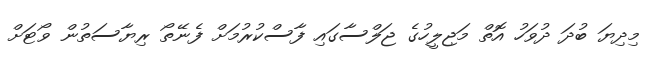
މިދިޔަ ބުދަ ދުވަހު އޮތް މަޖިލީހުގެ ޖަލްސާގައި ފާސްކުރުމަށް ފެނޭތޯ ރިޔާސަތުން ވޯޓަށް